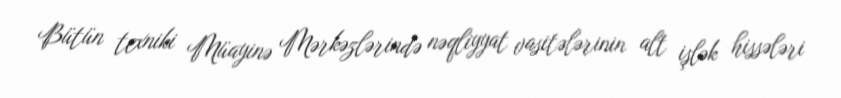
Bütün texniki Müayinə Mərkəzlərində nəqliyyat vasitələrinin alt işlək hissələri